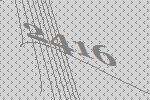
2416